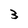
Character: 3